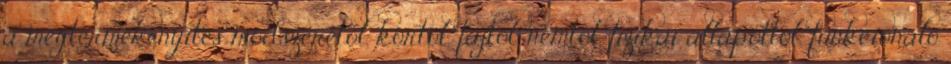
a megtermékenyítés módszerétől, kortól, fajtól, nemtől, fizikai állapottól, funkcionáló